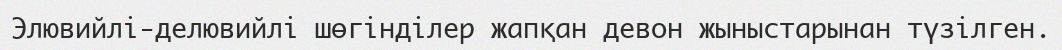
Элювийлі-делювийлі шөгінділер жапқан девон жыныстарынан түзілген.